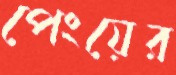
পেংয়ের